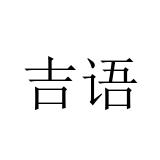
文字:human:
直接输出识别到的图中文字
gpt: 吉语